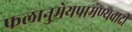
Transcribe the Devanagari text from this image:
फलानुमेयप्रामण्यवादी